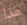
هذا